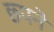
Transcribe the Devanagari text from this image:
छ्पने